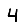
Digit: 4